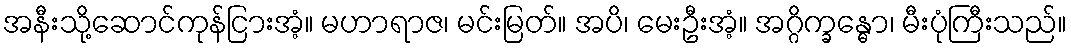
အနီးသို့ဆောင်ကုန်ငြားအံ့။ မဟာရာဇ၊ မင်းမြတ်။ အပိ၊ မေးဦးအံ့။ အဂ္ဂိက္ခန္ဓော၊ မီးပုံကြီးသည်။